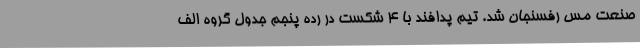
صنعت مس رفسنجان شد. تیم پدافند با 4 شکست در رده پنجم جدول گروه الف